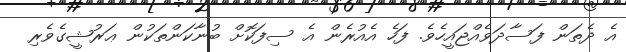
އެ ދެތަން ފަސާދަވެއްޖައީހެވެ. ފަހެ އެއުރެން އެ ސިފަކޮށް ބުނާކަންތަކުން ޢަރުޝީގެވެރި